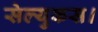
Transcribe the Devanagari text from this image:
सेल्युकस।